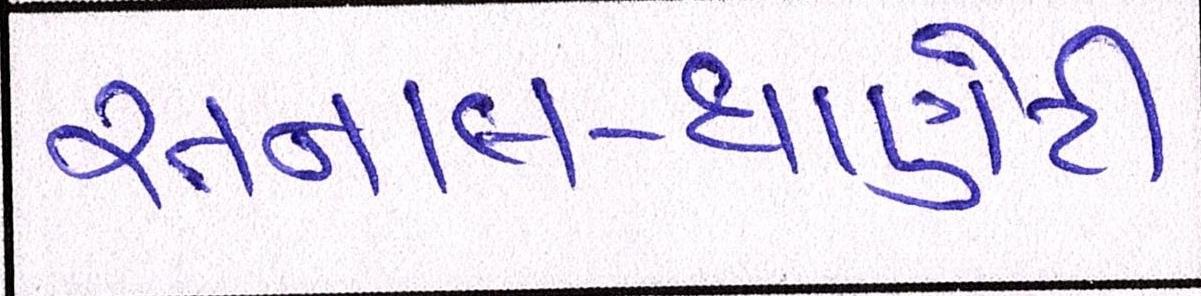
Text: રતનાલ-ધાણેટી